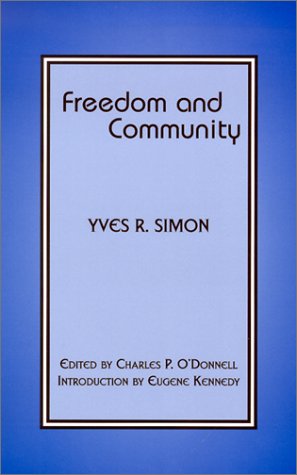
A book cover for Freedom and Community; Yves R. Simon; Religion & Spirituality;